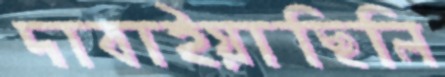
দাবাইয়াছিলি